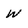
Character: w